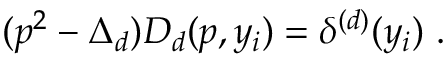
( p ^ { 2 } - \Delta _ { d } ) D _ { d } ( p , y _ { i } ) = \delta ^ { ( d ) } ( y _ { i } ) \ .